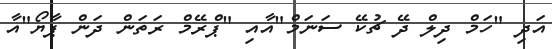
އަދި "ހަމް ދިލް ދޭ ޗުކޭ ސަނަމް"އާއި "ޕްރޭމް ރަތަން ދަން ޕާޔޯ"އާ